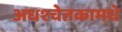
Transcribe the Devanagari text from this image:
अधश्चेतकामधे